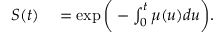
\begin{array} { r l } { S ( t ) } & { { } = \exp { \bigg ( - \int _ { 0 } ^ { t } \mu ( u ) d u \bigg ) } . } \end{array}